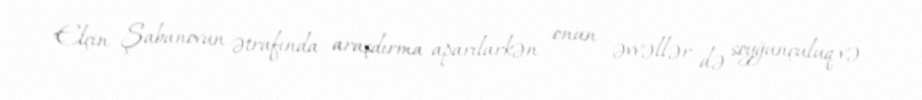
Elçin Şabanovun ətrafında araşdırma aparılarkən onun əvvəllər də soyğunçuluq və